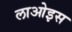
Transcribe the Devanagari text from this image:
लाओइस